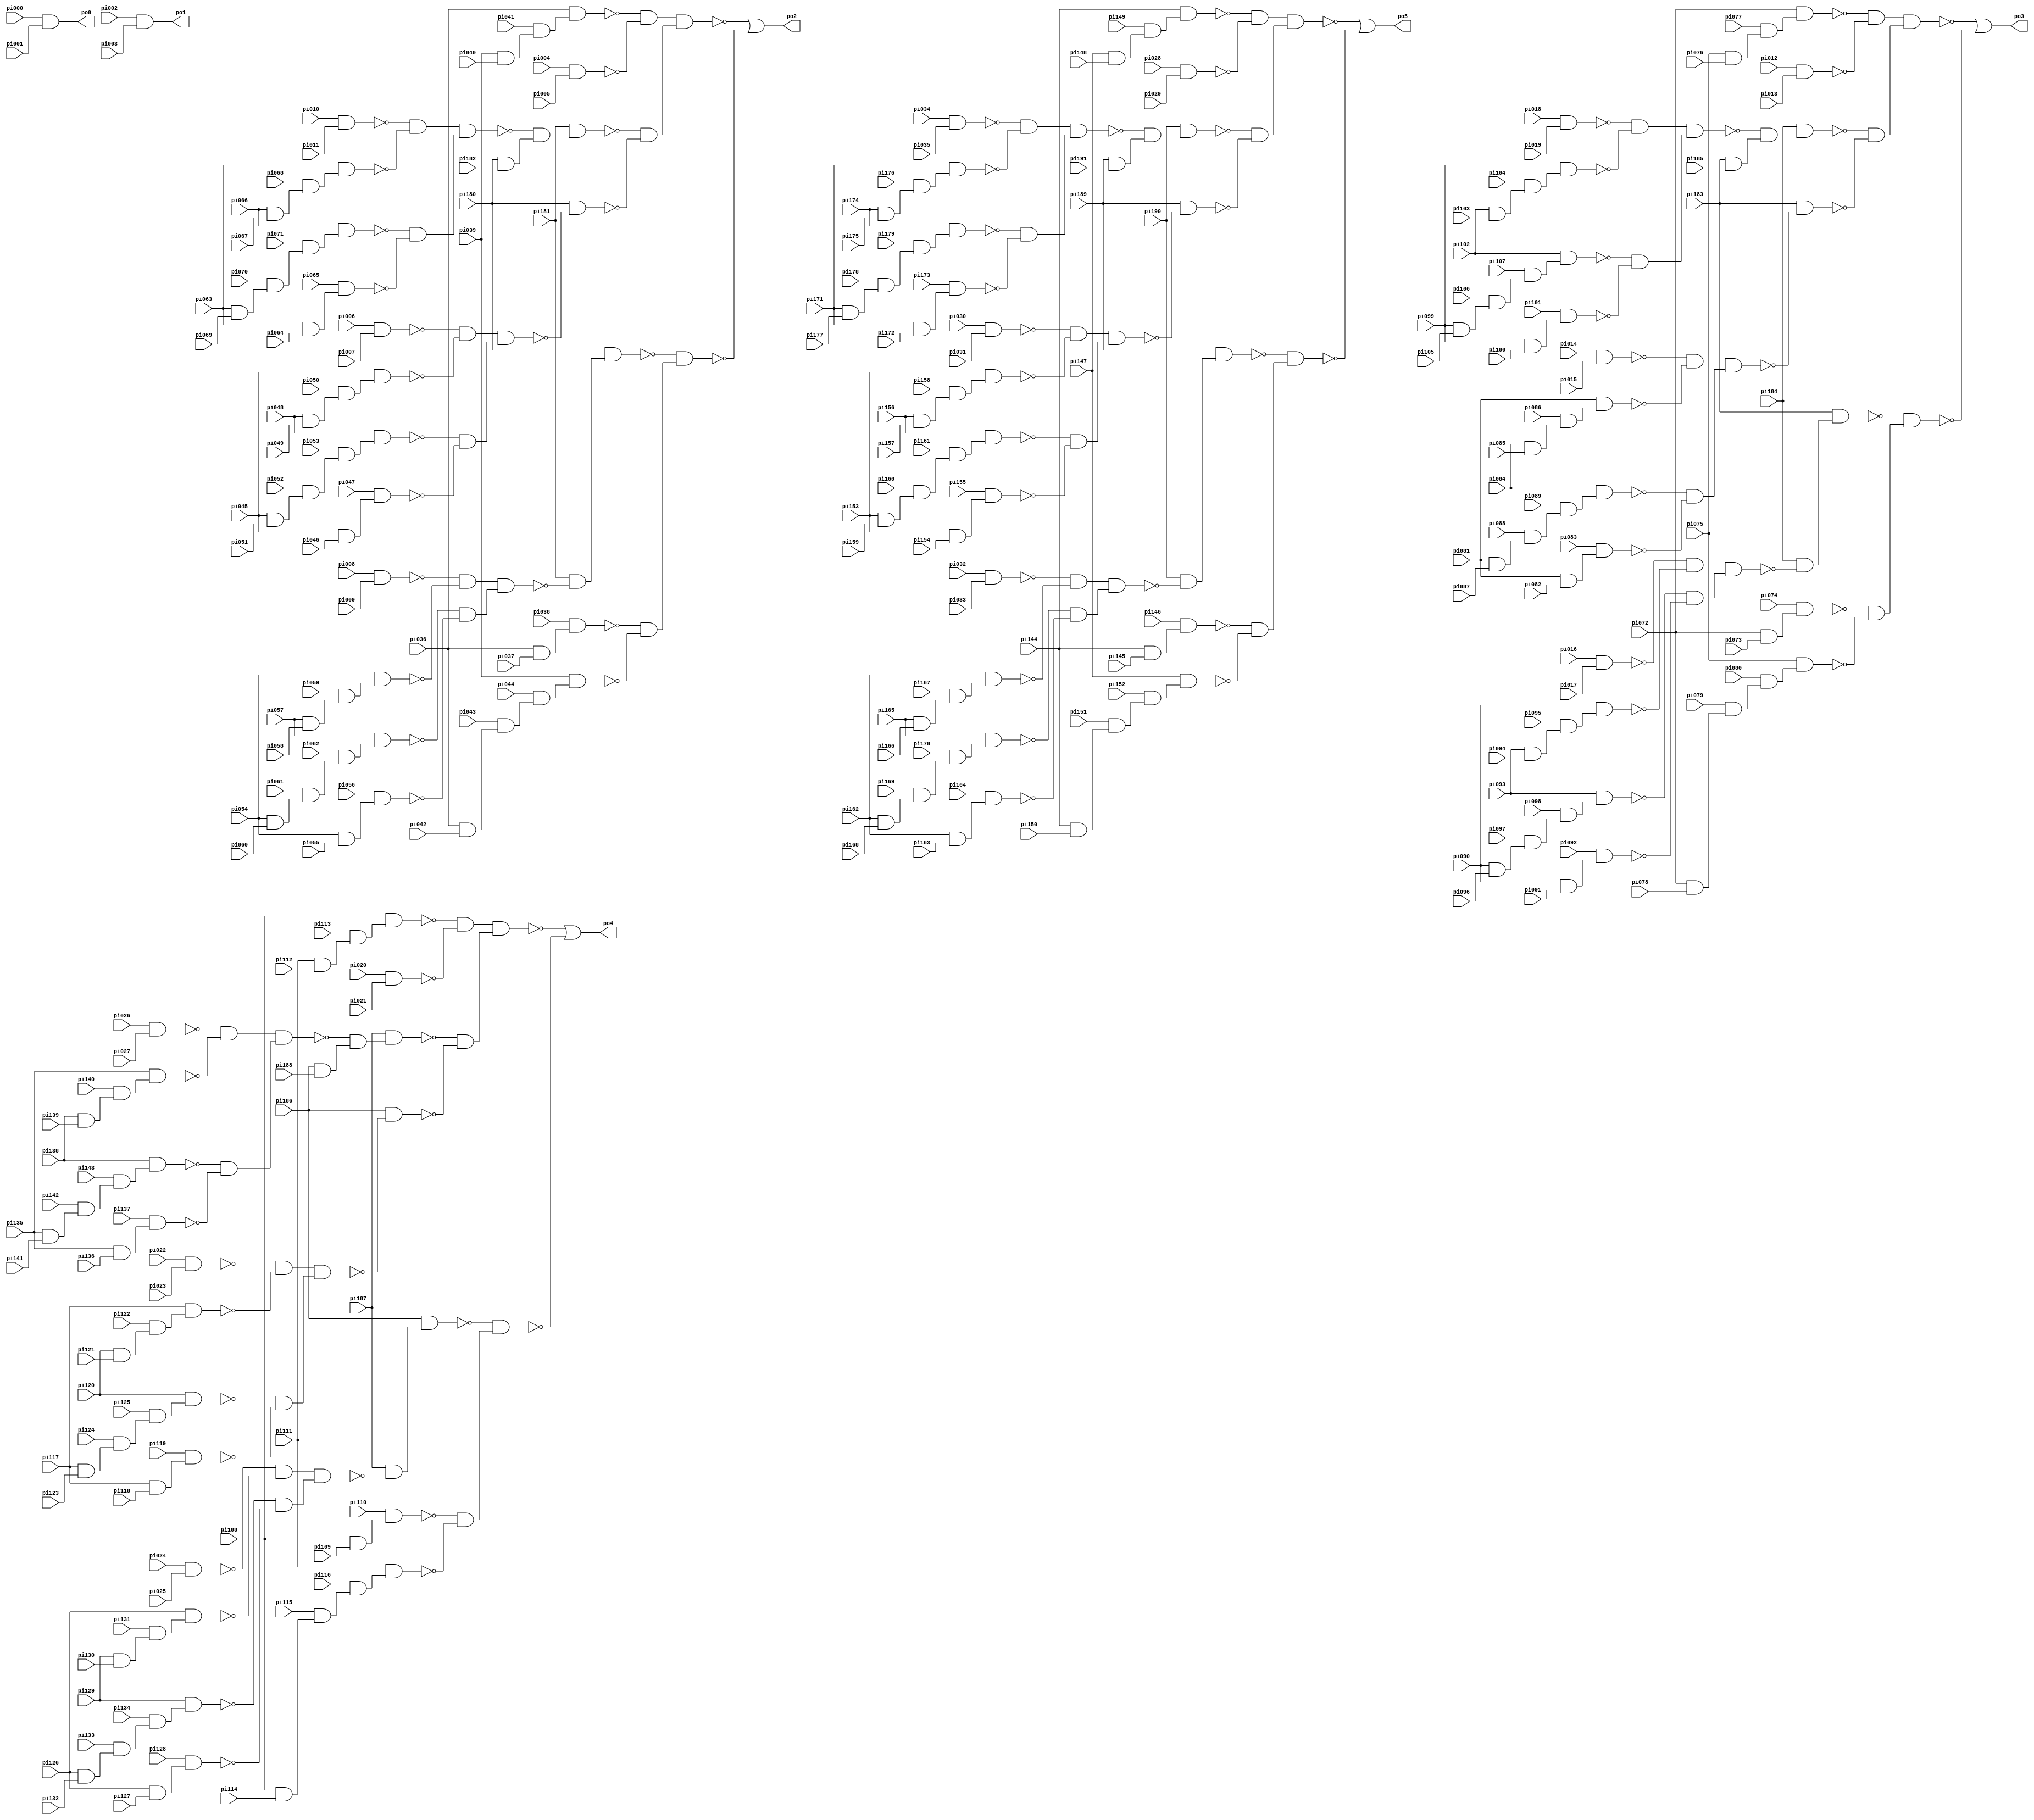
// Benchmark "i4" written by ABC on Sun Apr 22 21:43:04 2018

module i4 ( 
    pi000, pi001, pi002, pi003, pi004, pi005, pi006, pi007, pi008, pi009,
    pi010, pi011, pi012, pi013, pi014, pi015, pi016, pi017, pi018, pi019,
    pi020, pi021, pi022, pi023, pi024, pi025, pi026, pi027, pi028, pi029,
    pi030, pi031, pi032, pi033, pi034, pi035, pi036, pi037, pi038, pi039,
    pi040, pi041, pi042, pi043, pi044, pi045, pi046, pi047, pi048, pi049,
    pi050, pi051, pi052, pi053, pi054, pi055, pi056, pi057, pi058, pi059,
    pi060, pi061, pi062, pi063, pi064, pi065, pi066, pi067, pi068, pi069,
    pi070, pi071, pi072, pi073, pi074, pi075, pi076, pi077, pi078, pi079,
    pi080, pi081, pi082, pi083, pi084, pi085, pi086, pi087, pi088, pi089,
    pi090, pi091, pi092, pi093, pi094, pi095, pi096, pi097, pi098, pi099,
    pi100, pi101, pi102, pi103, pi104, pi105, pi106, pi107, pi108, pi109,
    pi110, pi111, pi112, pi113, pi114, pi115, pi116, pi117, pi118, pi119,
    pi120, pi121, pi122, pi123, pi124, pi125, pi126, pi127, pi128, pi129,
    pi130, pi131, pi132, pi133, pi134, pi135, pi136, pi137, pi138, pi139,
    pi140, pi141, pi142, pi143, pi144, pi145, pi146, pi147, pi148, pi149,
    pi150, pi151, pi152, pi153, pi154, pi155, pi156, pi157, pi158, pi159,
    pi160, pi161, pi162, pi163, pi164, pi165, pi166, pi167, pi168, pi169,
    pi170, pi171, pi172, pi173, pi174, pi175, pi176, pi177, pi178, pi179,
    pi180, pi181, pi182, pi183, pi184, pi185, pi186, pi187, pi188, pi189,
    pi190, pi191,
    po0, po1, po2, po3, po4, po5  );
  input  pi000, pi001, pi002, pi003, pi004, pi005, pi006, pi007, pi008,
    pi009, pi010, pi011, pi012, pi013, pi014, pi015, pi016, pi017, pi018,
    pi019, pi020, pi021, pi022, pi023, pi024, pi025, pi026, pi027, pi028,
    pi029, pi030, pi031, pi032, pi033, pi034, pi035, pi036, pi037, pi038,
    pi039, pi040, pi041, pi042, pi043, pi044, pi045, pi046, pi047, pi048,
    pi049, pi050, pi051, pi052, pi053, pi054, pi055, pi056, pi057, pi058,
    pi059, pi060, pi061, pi062, pi063, pi064, pi065, pi066, pi067, pi068,
    pi069, pi070, pi071, pi072, pi073, pi074, pi075, pi076, pi077, pi078,
    pi079, pi080, pi081, pi082, pi083, pi084, pi085, pi086, pi087, pi088,
    pi089, pi090, pi091, pi092, pi093, pi094, pi095, pi096, pi097, pi098,
    pi099, pi100, pi101, pi102, pi103, pi104, pi105, pi106, pi107, pi108,
    pi109, pi110, pi111, pi112, pi113, pi114, pi115, pi116, pi117, pi118,
    pi119, pi120, pi121, pi122, pi123, pi124, pi125, pi126, pi127, pi128,
    pi129, pi130, pi131, pi132, pi133, pi134, pi135, pi136, pi137, pi138,
    pi139, pi140, pi141, pi142, pi143, pi144, pi145, pi146, pi147, pi148,
    pi149, pi150, pi151, pi152, pi153, pi154, pi155, pi156, pi157, pi158,
    pi159, pi160, pi161, pi162, pi163, pi164, pi165, pi166, pi167, pi168,
    pi169, pi170, pi171, pi172, pi173, pi174, pi175, pi176, pi177, pi178,
    pi179, pi180, pi181, pi182, pi183, pi184, pi185, pi186, pi187, pi188,
    pi189, pi190, pi191;
  output po0, po1, po2, po3, po4, po5;
  wire n201, n202, n203, n204, n205, n206, n207, n208, n209, n210, n211,
    n212, n213, n214, n215, n216, n217, n218, n219, n220, n221, n222, n223,
    n224, n225, n226, n227, n228, n229, n230, n231, n232, n233, n234, n235,
    n236, n237, n238, n239, n240, n241, n242, n243, n244, n245, n246, n247,
    n248, n249, n250, n251, n252, n253, n254, n255, n256, n257, n258, n259,
    n260, n262, n263, n264, n265, n266, n267, n268, n269, n270, n271, n272,
    n273, n274, n275, n276, n277, n278, n279, n280, n281, n282, n283, n284,
    n285, n286, n287, n288, n289, n290, n291, n292, n293, n294, n295, n296,
    n297, n298, n299, n300, n301, n302, n303, n304, n305, n306, n307, n308,
    n309, n310, n311, n312, n313, n314, n315, n316, n317, n318, n319, n320,
    n321, n323, n324, n325, n326, n327, n328, n329, n330, n331, n332, n333,
    n334, n335, n336, n337, n338, n339, n340, n341, n342, n343, n344, n345,
    n346, n347, n348, n349, n350, n351, n352, n353, n354, n355, n356, n357,
    n358, n359, n360, n361, n362, n363, n364, n365, n366, n367, n368, n369,
    n370, n371, n372, n373, n374, n375, n376, n377, n378, n379, n380, n381,
    n382, n384, n385, n386, n387, n388, n389, n390, n391, n392, n393, n394,
    n395, n396, n397, n398, n399, n400, n401, n402, n403, n404, n405, n406,
    n407, n408, n409, n410, n411, n412, n413, n414, n415, n416, n417, n418,
    n419, n420, n421, n422, n423, n424, n425, n426, n427, n428, n429, n430,
    n431, n432, n433, n434, n435, n436, n437, n438, n439, n440, n441, n442,
    n443;
  assign po0 = pi000 & pi001;
  assign po1 = pi002 & pi003;
  assign n201 = pi063 & pi069;
  assign n202 = pi070 & n201;
  assign n203 = pi071 & n202;
  assign n204 = pi066 & n203;
  assign n205 = pi063 & pi064;
  assign n206 = pi065 & n205;
  assign n207 = pi010 & pi011;
  assign n208 = pi066 & pi067;
  assign n209 = pi068 & n208;
  assign n210 = pi063 & n209;
  assign n211 = ~n207 & ~n210;
  assign n212 = ~n204 & ~n206;
  assign n213 = n211 & n212;
  assign n214 = pi180 & pi182;
  assign n215 = ~n213 & n214;
  assign n216 = pi181 & n215;
  assign n217 = pi045 & pi051;
  assign n218 = pi052 & n217;
  assign n219 = pi053 & n218;
  assign n220 = pi048 & n219;
  assign n221 = pi045 & pi046;
  assign n222 = pi047 & n221;
  assign n223 = pi006 & pi007;
  assign n224 = pi048 & pi049;
  assign n225 = pi050 & n224;
  assign n226 = pi045 & n225;
  assign n227 = ~n223 & ~n226;
  assign n228 = ~n220 & ~n222;
  assign n229 = n227 & n228;
  assign n230 = pi180 & ~n229;
  assign n231 = pi039 & pi040;
  assign n232 = pi041 & n231;
  assign n233 = pi036 & n232;
  assign n234 = pi004 & pi005;
  assign n235 = pi036 & pi037;
  assign n236 = pi038 & n235;
  assign n237 = pi036 & pi042;
  assign n238 = pi043 & n237;
  assign n239 = pi044 & n238;
  assign n240 = pi039 & n239;
  assign n241 = pi054 & pi060;
  assign n242 = pi061 & n241;
  assign n243 = pi062 & n242;
  assign n244 = pi057 & n243;
  assign n245 = pi054 & pi055;
  assign n246 = pi056 & n245;
  assign n247 = pi008 & pi009;
  assign n248 = pi057 & pi058;
  assign n249 = pi059 & n248;
  assign n250 = pi054 & n249;
  assign n251 = ~n247 & ~n250;
  assign n252 = ~n244 & ~n246;
  assign n253 = n251 & n252;
  assign n254 = pi181 & ~n253;
  assign n255 = pi180 & n254;
  assign n256 = ~n233 & ~n234;
  assign n257 = ~n216 & ~n230;
  assign n258 = n256 & n257;
  assign n259 = ~n236 & ~n240;
  assign n260 = ~n255 & n259;
  assign po2 = ~n258 | ~n260;
  assign n262 = pi099 & pi105;
  assign n263 = pi106 & n262;
  assign n264 = pi107 & n263;
  assign n265 = pi102 & n264;
  assign n266 = pi099 & pi100;
  assign n267 = pi101 & n266;
  assign n268 = pi018 & pi019;
  assign n269 = pi102 & pi103;
  assign n270 = pi104 & n269;
  assign n271 = pi099 & n270;
  assign n272 = ~n268 & ~n271;
  assign n273 = ~n265 & ~n267;
  assign n274 = n272 & n273;
  assign n275 = pi183 & pi185;
  assign n276 = ~n274 & n275;
  assign n277 = pi184 & n276;
  assign n278 = pi081 & pi087;
  assign n279 = pi088 & n278;
  assign n280 = pi089 & n279;
  assign n281 = pi084 & n280;
  assign n282 = pi081 & pi082;
  assign n283 = pi083 & n282;
  assign n284 = pi014 & pi015;
  assign n285 = pi084 & pi085;
  assign n286 = pi086 & n285;
  assign n287 = pi081 & n286;
  assign n288 = ~n284 & ~n287;
  assign n289 = ~n281 & ~n283;
  assign n290 = n288 & n289;
  assign n291 = pi183 & ~n290;
  assign n292 = pi075 & pi076;
  assign n293 = pi077 & n292;
  assign n294 = pi072 & n293;
  assign n295 = pi012 & pi013;
  assign n296 = pi072 & pi073;
  assign n297 = pi074 & n296;
  assign n298 = pi072 & pi078;
  assign n299 = pi079 & n298;
  assign n300 = pi080 & n299;
  assign n301 = pi075 & n300;
  assign n302 = pi090 & pi096;
  assign n303 = pi097 & n302;
  assign n304 = pi098 & n303;
  assign n305 = pi093 & n304;
  assign n306 = pi090 & pi091;
  assign n307 = pi092 & n306;
  assign n308 = pi016 & pi017;
  assign n309 = pi093 & pi094;
  assign n310 = pi095 & n309;
  assign n311 = pi090 & n310;
  assign n312 = ~n308 & ~n311;
  assign n313 = ~n305 & ~n307;
  assign n314 = n312 & n313;
  assign n315 = pi184 & ~n314;
  assign n316 = pi183 & n315;
  assign n317 = ~n294 & ~n295;
  assign n318 = ~n277 & ~n291;
  assign n319 = n317 & n318;
  assign n320 = ~n297 & ~n301;
  assign n321 = ~n316 & n320;
  assign po3 = ~n319 | ~n321;
  assign n323 = pi135 & pi141;
  assign n324 = pi142 & n323;
  assign n325 = pi143 & n324;
  assign n326 = pi138 & n325;
  assign n327 = pi135 & pi136;
  assign n328 = pi137 & n327;
  assign n329 = pi026 & pi027;
  assign n330 = pi138 & pi139;
  assign n331 = pi140 & n330;
  assign n332 = pi135 & n331;
  assign n333 = ~n329 & ~n332;
  assign n334 = ~n326 & ~n328;
  assign n335 = n333 & n334;
  assign n336 = pi186 & pi188;
  assign n337 = ~n335 & n336;
  assign n338 = pi187 & n337;
  assign n339 = pi117 & pi123;
  assign n340 = pi124 & n339;
  assign n341 = pi125 & n340;
  assign n342 = pi120 & n341;
  assign n343 = pi117 & pi118;
  assign n344 = pi119 & n343;
  assign n345 = pi022 & pi023;
  assign n346 = pi120 & pi121;
  assign n347 = pi122 & n346;
  assign n348 = pi117 & n347;
  assign n349 = ~n345 & ~n348;
  assign n350 = ~n342 & ~n344;
  assign n351 = n349 & n350;
  assign n352 = pi186 & ~n351;
  assign n353 = pi111 & pi112;
  assign n354 = pi113 & n353;
  assign n355 = pi108 & n354;
  assign n356 = pi020 & pi021;
  assign n357 = pi108 & pi109;
  assign n358 = pi110 & n357;
  assign n359 = pi108 & pi114;
  assign n360 = pi115 & n359;
  assign n361 = pi116 & n360;
  assign n362 = pi111 & n361;
  assign n363 = pi126 & pi132;
  assign n364 = pi133 & n363;
  assign n365 = pi134 & n364;
  assign n366 = pi129 & n365;
  assign n367 = pi126 & pi127;
  assign n368 = pi128 & n367;
  assign n369 = pi024 & pi025;
  assign n370 = pi129 & pi130;
  assign n371 = pi131 & n370;
  assign n372 = pi126 & n371;
  assign n373 = ~n369 & ~n372;
  assign n374 = ~n366 & ~n368;
  assign n375 = n373 & n374;
  assign n376 = pi187 & ~n375;
  assign n377 = pi186 & n376;
  assign n378 = ~n355 & ~n356;
  assign n379 = ~n338 & ~n352;
  assign n380 = n378 & n379;
  assign n381 = ~n358 & ~n362;
  assign n382 = ~n377 & n381;
  assign po4 = ~n380 | ~n382;
  assign n384 = pi171 & pi177;
  assign n385 = pi178 & n384;
  assign n386 = pi179 & n385;
  assign n387 = pi174 & n386;
  assign n388 = pi171 & pi172;
  assign n389 = pi173 & n388;
  assign n390 = pi034 & pi035;
  assign n391 = pi174 & pi175;
  assign n392 = pi176 & n391;
  assign n393 = pi171 & n392;
  assign n394 = ~n390 & ~n393;
  assign n395 = ~n387 & ~n389;
  assign n396 = n394 & n395;
  assign n397 = pi189 & pi191;
  assign n398 = ~n396 & n397;
  assign n399 = pi190 & n398;
  assign n400 = pi153 & pi159;
  assign n401 = pi160 & n400;
  assign n402 = pi161 & n401;
  assign n403 = pi156 & n402;
  assign n404 = pi153 & pi154;
  assign n405 = pi155 & n404;
  assign n406 = pi030 & pi031;
  assign n407 = pi156 & pi157;
  assign n408 = pi158 & n407;
  assign n409 = pi153 & n408;
  assign n410 = ~n406 & ~n409;
  assign n411 = ~n403 & ~n405;
  assign n412 = n410 & n411;
  assign n413 = pi189 & ~n412;
  assign n414 = pi147 & pi148;
  assign n415 = pi149 & n414;
  assign n416 = pi144 & n415;
  assign n417 = pi028 & pi029;
  assign n418 = pi144 & pi145;
  assign n419 = pi146 & n418;
  assign n420 = pi144 & pi150;
  assign n421 = pi151 & n420;
  assign n422 = pi152 & n421;
  assign n423 = pi147 & n422;
  assign n424 = pi162 & pi168;
  assign n425 = pi169 & n424;
  assign n426 = pi170 & n425;
  assign n427 = pi165 & n426;
  assign n428 = pi162 & pi163;
  assign n429 = pi164 & n428;
  assign n430 = pi032 & pi033;
  assign n431 = pi165 & pi166;
  assign n432 = pi167 & n431;
  assign n433 = pi162 & n432;
  assign n434 = ~n430 & ~n433;
  assign n435 = ~n427 & ~n429;
  assign n436 = n434 & n435;
  assign n437 = pi190 & ~n436;
  assign n438 = pi189 & n437;
  assign n439 = ~n416 & ~n417;
  assign n440 = ~n399 & ~n413;
  assign n441 = n439 & n440;
  assign n442 = ~n419 & ~n423;
  assign n443 = ~n438 & n442;
  assign po5 = ~n441 | ~n443;
endmodule